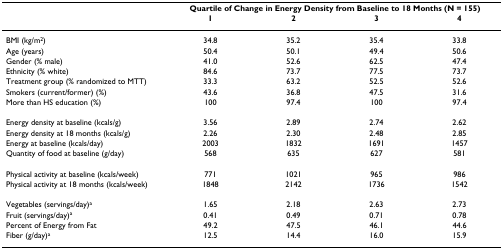
|  | <COLSPAN=4> Quartile of Change in Energy Density from Baseline to 18 Months (N = 155) |
 |  | 1 | 2 | 3 | 4 |
 | --- | --- | --- | --- | --- |
 | BMI (kg/m2) | 34.8 | 35.2 | 35.4 | 33.8 |
 | Age (years) | 50.4 | 50.1 | 49.4 | 50.6 |
 | Gender (% male) | 41.0 | 52.6 | 62.5 | 47.4 |
 | Ethnicity (% white) | 84.6 | 73.7 | 77.5 | 73.7 |
 | Treatment group (% randomized to MTT) | 33.3 | 63.2 | 52.5 | 52.6 |
 | Smokers (current/former) (%) | 43.6 | 36.8 | 47.5 | 31.6 |
 | More than HS education (%) | 100 | 97.4 | 100 | 97.4 |
 | Energy density at baseline (kcals/g) | 3.56 | 2.89 | 2.74 | 2.62 |
 | Energy density at 18 months (kcals/g) | 2.26 | 2.30 | 2.48 | 2.85 |
 | Energy at baseline (kcals/day) | 2003 | 1832 | 1691 | 1457 |
 | Quantity of food at baseline (g/day) | 568 | 635 | 627 | 581 |
 | Physical activity at baseline (kcals/week) | 771 | 1021 | 965 | 986 |
 | Physical activity at 18 months (kcals/week) | 1848 | 2142 | 1736 | 1542 |
 | Vegetables (servings/day)a | 1.65 | 2.18 | 2.63 | 2.73 |
 | Fruit (servings/day)a | 0.41 | 0.49 | 0.71 | 0.78 |
 | Percent of Energy from Fat | 49.2 | 47.5 | 46.1 | 44.6 |
 | Fiber (g/day)a | 12.5 | 14.4 | 16.0 | 15.9 |